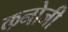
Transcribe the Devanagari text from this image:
कनोजी